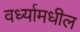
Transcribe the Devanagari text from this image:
वर्ध्यामधील